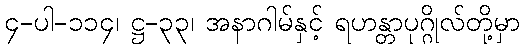
၄-ပါ-၁၁၄၊ ဋ္ဌ-၃၃၊ အနာဂါမ်နှင့် ရဟန္တာပုဂ္ဂိုလ်တို့မှာ